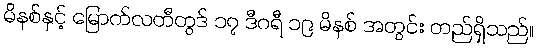
မိနစ်နှင့် မြောက်လတီတွဒ် ၁၇ ဒီဂရီ ၁၉ မိနစ် အတွင်း တည်ရှိသည်။